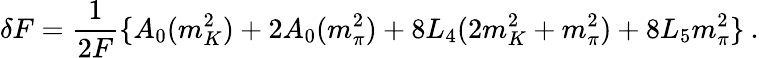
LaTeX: \delta F=\frac{1}{2F}\{ A_{0}(m_{K}^{2})+2A_{0}(m_{\pi}^{2})+8L_{4}(2m_{K}^{2}+m_{\pi}^{2})+8L_{5}m_{\pi}^{2}\} \: .